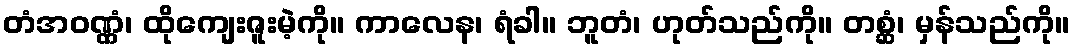
တံအဝဏ္ဏံ၊ ထိုကျေးဇူးမဲ့ကို။ ကာလေန၊ ရံခါ။ ဘူတံ၊ ဟုတ်သည်ကို။ တစ္ဆံ၊ မှန်သည်ကို။